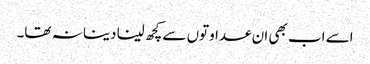
اسے اب بھی ان عداوتوں سے کچھ لینا دینا نہ تھا۔